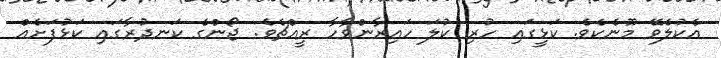
އެކުލެވޭ މޫނެކެވެ. ކަޅީގައި ހުރި ކުލަ ހައިރާންވާހާ ރީއްޗެވެ. ޖޯންގެ ކަނދުރާގައި ކަޅުފަށެއް